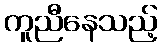
ကူညီနေသည့်